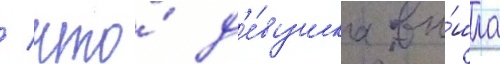
/ что́ д'е́вушка вы́шла